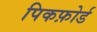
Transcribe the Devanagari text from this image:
पिकफ़ोर्ड